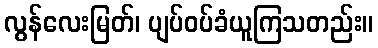
လွန်လေးမြတ်၊ ပျပ်ဝပ်ခံယူကြသတည်း။